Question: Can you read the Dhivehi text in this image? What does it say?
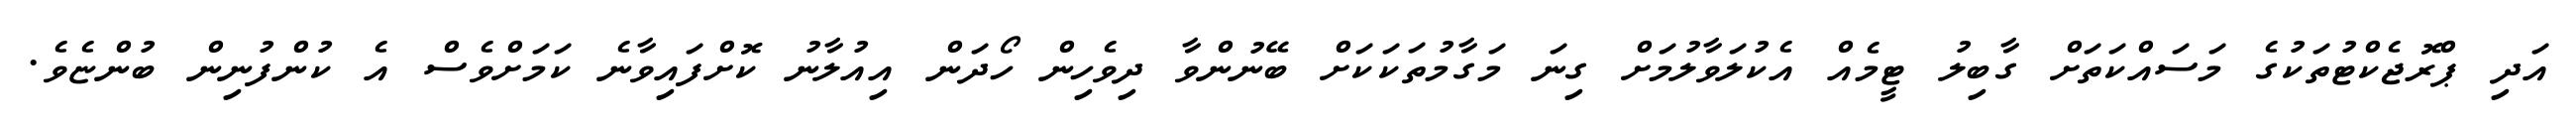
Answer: އަދި ޕްރޮޖެކްޓުތަކުގެ މަސައްކަތަށް ގާބިލު ޓީމެއް އެކުލަވާލުމަށް ގިނަ މަގާމުތަކަކަށް ބޭނުންވާ ދިވެހިން ހޯދަން އިއުލާނު ކޮށްފައިވާނެ ކަމަށްވެސް އެ ކުންފުނިން ބުންޏެވެ.